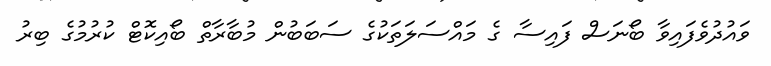
ވައުދުވެފައިވާ ބޯނަސް ފައިސާ ގެ މައްސަލަތަކުގެ ސަބަބުން މުބާރާތް ބޯއިކޮޓް ކުރުމުގެ ބިރު